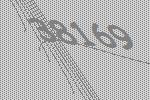
38169